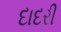
દાદરી